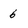
Character: 6